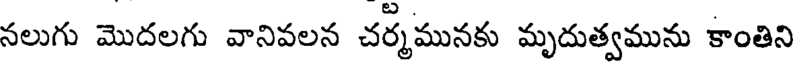
నలుగు మొదలగు వానివలన చర్మమునకు మృదుత్వమును కాంతిని